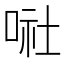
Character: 𠶈